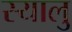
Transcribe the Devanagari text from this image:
स्यालु